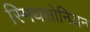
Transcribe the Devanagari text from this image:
स्मिथसोनिअन